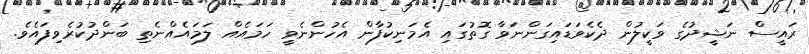
ރައީސް ނަޝީދުގެ ވަކީލުން ދެކެވަޑައިގަންނަވާ ގޮތުގައި އެމަނިކުފާން އެހުންނެވީ ހަމައެއް ލަމައެއްނެތި ބަންދުކުރެވިފައެވެ.